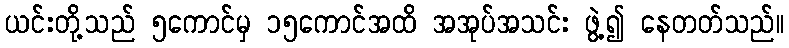
ယင်းတို့သည် ၅ကောင်မှ ၁၅ကောင်အထိ အအုပ်အသင်း ဖွဲ့၍ နေတတ်သည်။